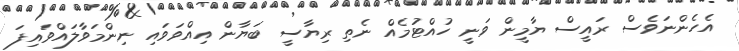
އެހެންނަވެސް ރައީސް ޔާމީން ވަނީ ހުއްޓުމެއް ނެތި ރިޔާސީ ބަޔާން އިއްވަވައި ނިންމަވާލައްވައިފަ